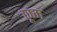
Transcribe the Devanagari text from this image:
चूष्म